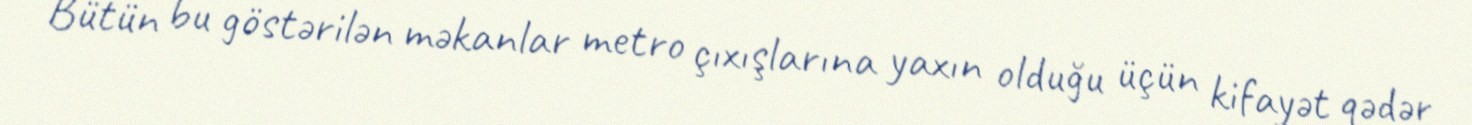
Bütün bu göstərilən məkanlar metro çıxışlarına yaxın olduğu üçün kifayət qədər